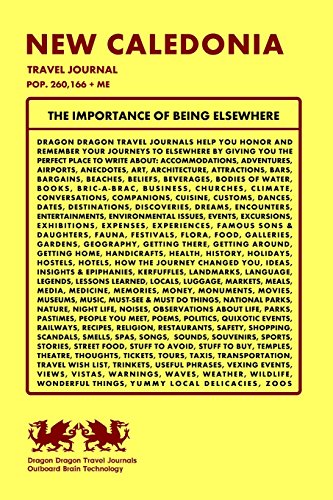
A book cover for New Caledonia Travel Journal, Pop. 260,166 + Me; Dragon Dragon Travel Journals; Travel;